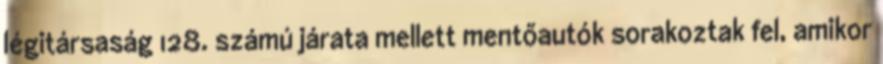
légitársaság 128. számú járata mellett mentőautók sorakoztak fel, amikor